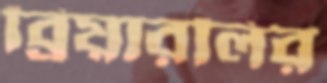
ব্রিয়ারলির